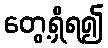
တွေ့ရှိရ၍